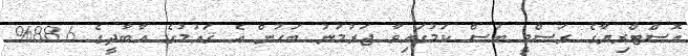
އޮސްޓްރިޔާގެ ރަސްމީ ބަސް ކަމުގައިވާ ޖަރުމަނު ބަހުން އެ ޤައުމުގެ އާބާދީގެ 88.6%